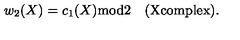
w _ { 2 } ( X ) = c _ { 1 } ( X ) \mathrm { m o d } 2 \quad \mathrm { ( X c o m p l e x ) } .